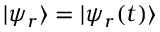
| \psi _ { r } \rangle = | \psi _ { r } ( t ) \rangle